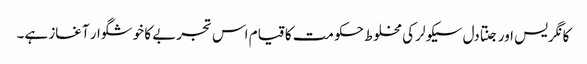
کانگریس اور جنتادل سیکولر کی مخلوط حکومت کا قیام اس تجربے کا خوشگوار آغاز ہے۔